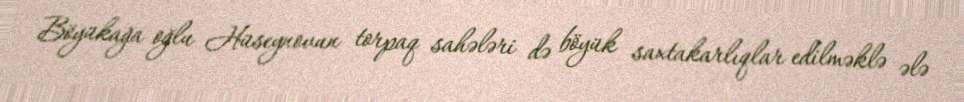
Böyükağa oğlu Hüseynovun torpaq sahələri də böyük saxtakarlıqlar edilməklə ələ